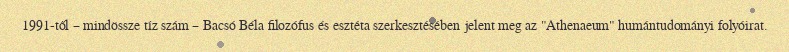
1991-től – mindössze tíz szám – Bacsó Béla filozófus és esztéta szerkesztésében jelent meg az "Athenaeum" humántudományi folyóirat.